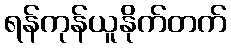
ရန်ကုန်ယူနိုက်တက်